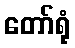
တော်ရုံ